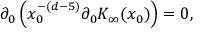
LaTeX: \partial _ { 0 } \left( x _ { 0 } ^ { - ( d - 5 ) } \partial _ { 0 } K _ { \infty } ( x _ { 0 } ) \right) = 0 ,